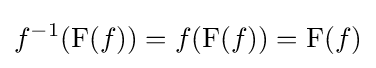
f^{-1}(\operatorname {F} (f))=f(\operatorname {F} (f))=\operatorname {F} (f)